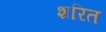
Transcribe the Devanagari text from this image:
शरित